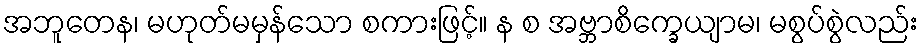
အဘူတေန၊ မဟုတ်မမှန်သော စကားဖြင့်။ န စ အဗ္ဘာစိက္ခေယျာမ၊ မစွပ်စွဲလည်း